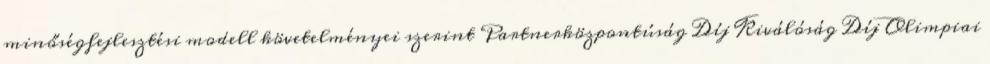
minőségfejlesztési modell követelményei szerint Partnerközpontúság Díj Kiválóság Díj Olimpiai